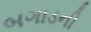
બગાડની